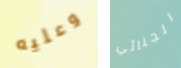
وعليه الجنائي